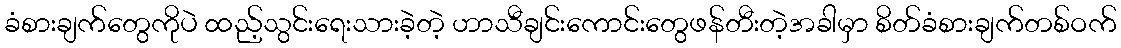
ခံစားချက်တွေကိုပဲ ထည့်သွင်းရေးသားခဲ့တဲ့ ဟာသီချင်းကောင်းတွေဖန်တီးတဲ့အခါမှာ စိတ်ခံစားချက်တစ်ဝက်